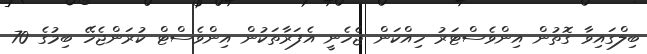
ބިލްގައިވާ ގޮތުން އިންވެސްޓަރު ހިއްކަން ޖެހެނީ އެފަރާތަކުން އިންވެސްޓް ކުރަންޖެހޭ ބިމުގެ 70